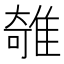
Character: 𨿫